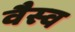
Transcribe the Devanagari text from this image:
वैस्‍व